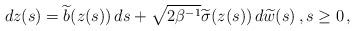
LaTeX: \begin{align*} dz(s) = \widetilde{b}(z(s))\, ds + \sqrt{2\beta^{-1}} \widetilde{\sigma}(z(s))\, d\widetilde{w}(s)\,, s \ge 0 \,, \end{align*}